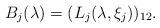
LaTeX: \begin{align*} B_j(\lambda) = (L_j(\lambda,\xi_j))_{12}.\end{align*}